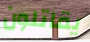
يقاتلون